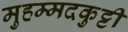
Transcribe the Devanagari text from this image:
मुहम्मदकुट्टी